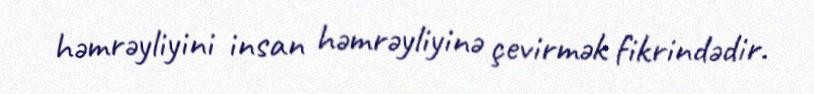
həmrəyliyini insan həmrəyliyinə çevirmək fikrindədir.